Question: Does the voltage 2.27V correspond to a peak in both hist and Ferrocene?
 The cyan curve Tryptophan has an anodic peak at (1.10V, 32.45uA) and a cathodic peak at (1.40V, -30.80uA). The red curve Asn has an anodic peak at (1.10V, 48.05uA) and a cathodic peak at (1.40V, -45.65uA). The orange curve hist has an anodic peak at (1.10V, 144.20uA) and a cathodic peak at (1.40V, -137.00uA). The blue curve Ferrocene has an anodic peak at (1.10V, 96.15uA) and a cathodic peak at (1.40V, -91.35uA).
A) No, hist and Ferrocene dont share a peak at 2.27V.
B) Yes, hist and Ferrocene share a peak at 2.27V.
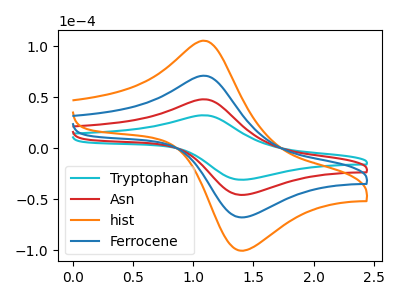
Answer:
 <answer>A) No, "hist" and "Ferrocene" dont share a peak at 2.27V.</answer>
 <eval>A</eval>